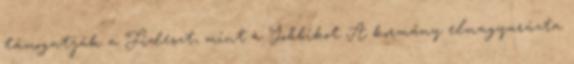
támogatják a Fideszt, mint a Jobbikot A kormány elmagyarázta